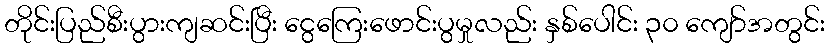
တိုင်းပြည်စီးပွားကျဆင်းပြီး ငွေကြေးဖောင်းပွမှုလည်း နှစ်ပေါင်း ၃၀ ကျော်အတွင်း